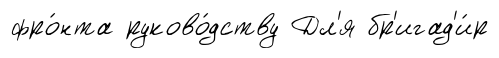
фро́нта руково́дству Дл'я бр'игад'и́р